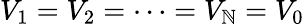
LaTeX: V_{1}=V_{2}=\cdots=V_{\mathbb{N}}=V_{0}